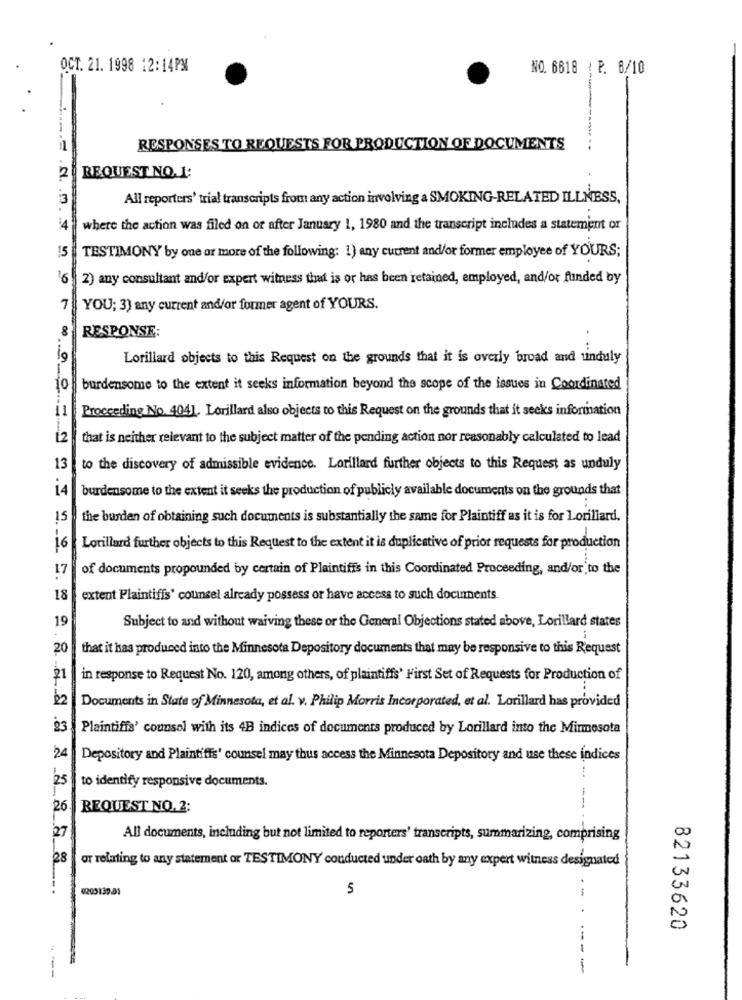
OCT. 21. 1998 12:14PM
NO. 6618 : P. 8/10
-
RESPONSES TO REQUESTS FOR PRODUCTION OF DOCUMENTS
REQUEST NO. 1:
All reporters' trial transcripts from any action involving a SMOKING-RELATED ILLNESS,
where the action was filed on or after January 1, 1980 and the transcript includes a statement or
15
TESTIMONY by one or more of the following: 1) any current and/or former employee of YOURS;
16
2) any consultant and/or expert witness that is or has been retained, employed, and/or funded by
7
YOU; 3) any current and/or former agent of YOURS.
8
RESPONSE:
19
Lorillard objects to this Request on the grounds that it is overly broad and unduly
10
burdensome to the extent it seeks information beyond the scope of the issues in Coordinated
Proceeding No. 4041. Lorillard also objects to this Request on the grounds that it seeks information
12
that is neither relevant to the subject matter of the pending action nor reasonably calculated to lead
13
to the discovery of admissible evidence. Lorillard further objects to this Request as unduly
14
burdensome to the extent it seeks the production of publicly available documents on the grounds that
15
the burden of obtaining such documents is substantially the same for Plaintiff as it is for Lorillard.
16
Lorillard further objects to this Request to the extent it is duplicative of prior requests for production
17
of documents propounded by certain of Plaintiffs in this Coordinated Proceeding, and/or to the
18
extent Plaintiffs' counsel already possess or have access to such documents.
19
Subject to and without waiving these or the General Objections stated above, Lorillard states
..
20
that it has produced into the Minnesota Depository documents that may be responsive to this Request
in response to Request No. 120, among others, of plaintiffs' First Set of Requests for Production of
22
Documents in State of Minnesota, et al. v. Philip Morris Incorporated, et al. Lorillard has provided
23
Plaintiffs' counsel with its 4B indices of documents produced by Lorillard into the Minnesota
24
Depository and Plaintiffs' counsel may thus access the Minnesota Depository and use these indices
25
to identify responsive documents.
26
REQUEST NO.2:
27
All documents, including but not limited to reporters' transcripts, summarizing, comprising
28
or relating to any statement or TESTIMONY conducted under oath by any expert witness designated
5
82133620
--